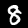
Label: 8